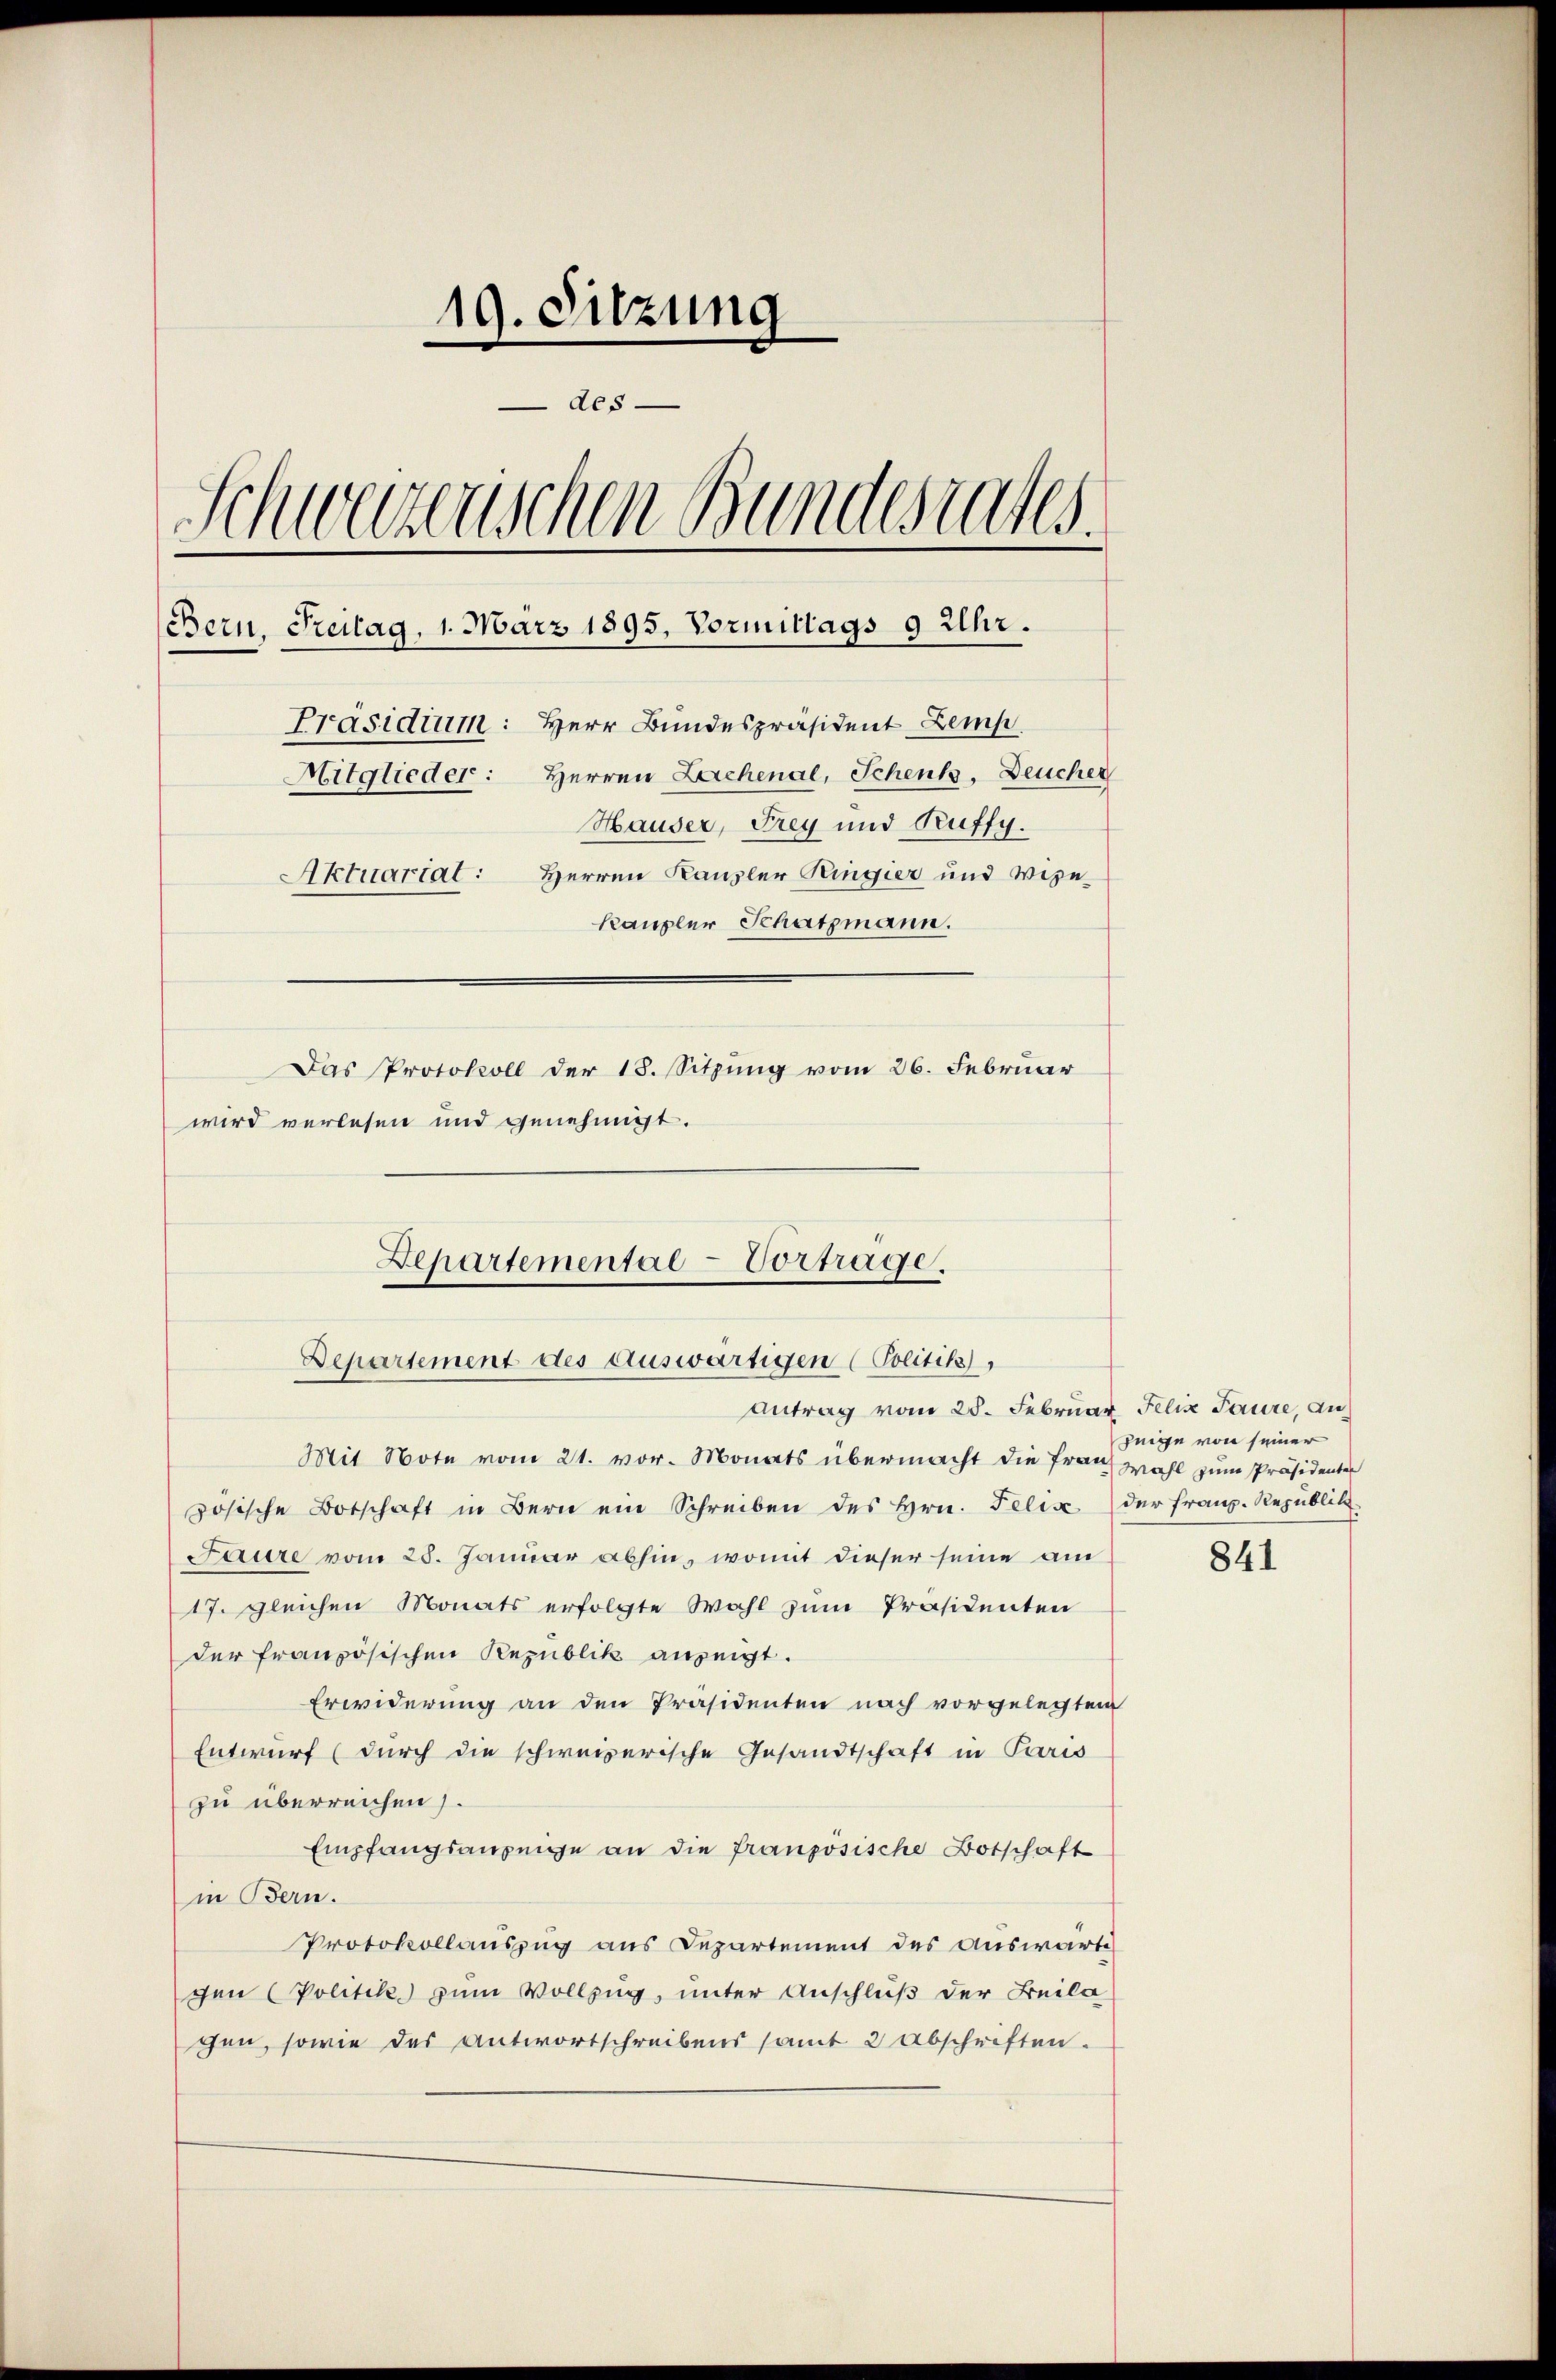
19. Sitzung
des
Schweizerischen Bundesrates.
Bern, Freitag, 1. März 1895. Vormittags 9 Uhr.
Präsidium: Herr Bundespräsident Zemp
Mitglieder: Herren Leichenal, Schenk, Deucher
Hauser, Frey und Puffy.
Aktuariat: Herren Kanzler Ringier und Vize-
Kaupler Schatzmann.
Das Protokoll der 18. Sitzung vom 26. Februar
wird verlesen und genehmigt.

Departementae-Vortrage.
Departement des auswärtigen (Politik,

Antrag vom 28. Februar, Felix Paure, au
Mit Note vom 21. vor. Monats übermacht die Frau wohl zum Präsidenten
zösische Botschaft in Bern ein Schreiben des Hrn. Felix der franz-Republik
Laure vom 25. Januar abhin, womit dieser seine am
17. gleichen Monats erfolgte Wahl zum Präsidenten
der französischen Republik anzeigt.
Erwiderung an den Präsidenten nach vorgelegten
Entwurf (durch die schweizerische Gesandtschaft in Paris
zu überreichen).
Empfangsanzeige an die französische Botschaft
in Bern.
Protokollauszug aus Departement des auswärti
gen Politik zum Vollzug, unter Anschluß der Beila
gen, sowie des Antwortschreibens samt 2 Abschriften.

jnige von seiner

841